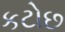
કટોછ